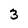
Character: 3